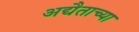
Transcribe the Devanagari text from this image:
अद्यैताच्या